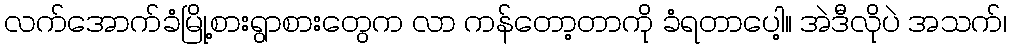
လက်အောက်ခံမြို့စားရွာစားတွေက လာ ကန်တော့တာကို ခံရတာပေါ့။ အဲဒီလိုပဲ အသက်၊